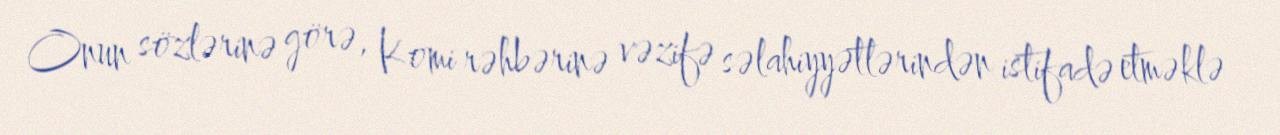
Onun sözlərinə görə, Komi rəhbərinə vəzifə səlahiyyətlərindən istifadə etməklə